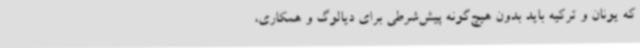
که یونان و ترکیه باید بدون هیچ‌گونه پیش‌شرطی برای دیالوگ و همکاری،